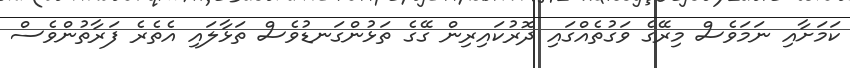
ކަމަށާއި ނަމަވެސް މިރޭގެ ވަގުތެއްގައި ދޮރުކައިރިން ގޭގެ ތަޅުންގަނޑުވެސް ތަޅާލައި އެތެރެ ފަރާތުންވެސް